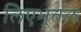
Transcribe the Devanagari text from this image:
लिएभूतल